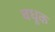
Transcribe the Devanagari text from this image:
बधूक